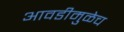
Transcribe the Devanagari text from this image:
आवडीमुळेच